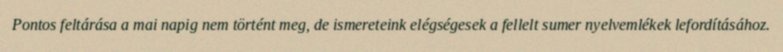
Pontos feltárása a mai napig nem történt meg, de ismereteink elégségesek a fellelt sumer nyelvemlékek lefordításához.